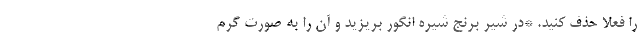
را فعلا حذف کنید. *در شیر برنج شیره انگور بریزید و آن را به صورت گرم